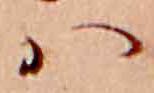
ハ